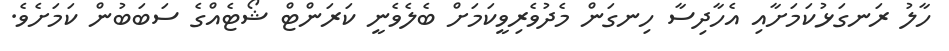
ހާލު ރަނގަޅުކަމަށާއި އެހާދިސާ ހިނގަން މެދުވެރިވީކަމަށް ބެލެވެނީ ކަރަންޓް ޝޯޓެއްގެ ސަބަބުން ކަމަށެވެ.